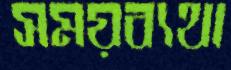
সময়ব্যথা